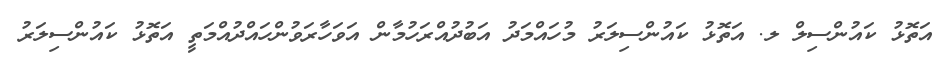
އަތޮޅު ކައުންސިލް ލ. އަތޮޅު ކައުންސިލަރު މުހައްމަދު އަބުދުއްރަހުމާން އަވަހާރަވުންހައްދުއްމަތީ އަތޮޅު ކައުންސިލަރު